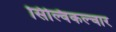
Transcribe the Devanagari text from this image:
सिल्विकल्चार